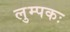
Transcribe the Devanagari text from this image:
लुम्पकः